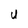
Character: U